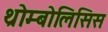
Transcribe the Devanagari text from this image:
थ्रोम्बोलिसिस